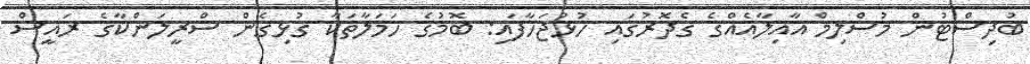
ބުދިސްޓުން މުސްލިމް އާއިލާއެއްގެ ގެދޮރުގައި ހުޅުޖަހާފައި: ބޮމުގެ ހަމަލާތަކާ ގުޅިގެން ސްރީލަންކާގެ ރައީސް